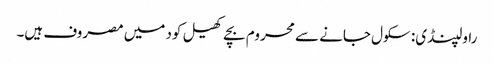
راولپنڈی: سکول جانے سے محروم بچے کھیل کود میں مصروف ہیں۔